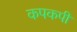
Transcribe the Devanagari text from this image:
कपकपी